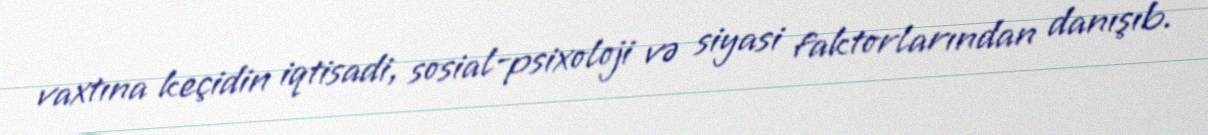
vaxtına keçidin iqtisadi, sosial-psixoloji və siyasi faktorlarından danışıb.